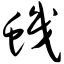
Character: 帜